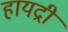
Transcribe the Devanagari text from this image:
हायद्री